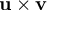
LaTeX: \mathbf { u } \times \mathbf { v }